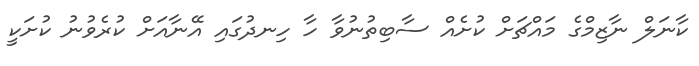
ކާނަލް ނާޒިމްގެ މައްޗަށް ކުށެއް ސާބިތުނުވާ ހާ ހިނދުގައި އޭނާއަށް ކުރެވުނު ކުށަކީ